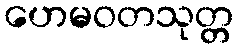
ဟေမဝတသုတ္တ